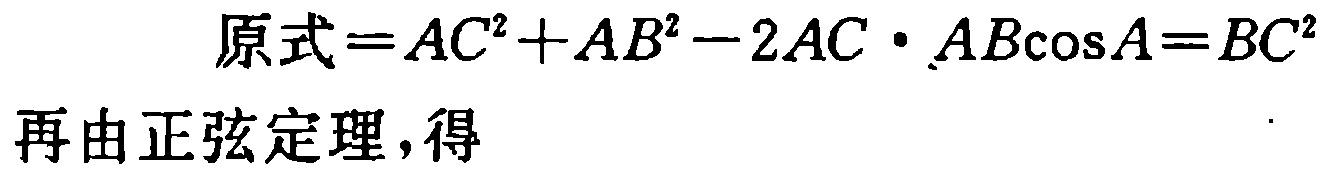
原式=$AC^{2}+AB^{2}-2AC\cdot AB\cos A = BC^{2}$
再由正弦定理,得